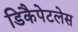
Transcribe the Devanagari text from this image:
डिकैपेटलेस